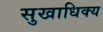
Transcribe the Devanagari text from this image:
सुखाधिक्य